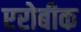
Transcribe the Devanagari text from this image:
एरोबीक